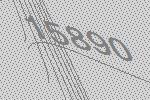
15890